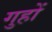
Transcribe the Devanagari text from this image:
गुहों